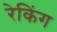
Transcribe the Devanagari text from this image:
रेकिंग